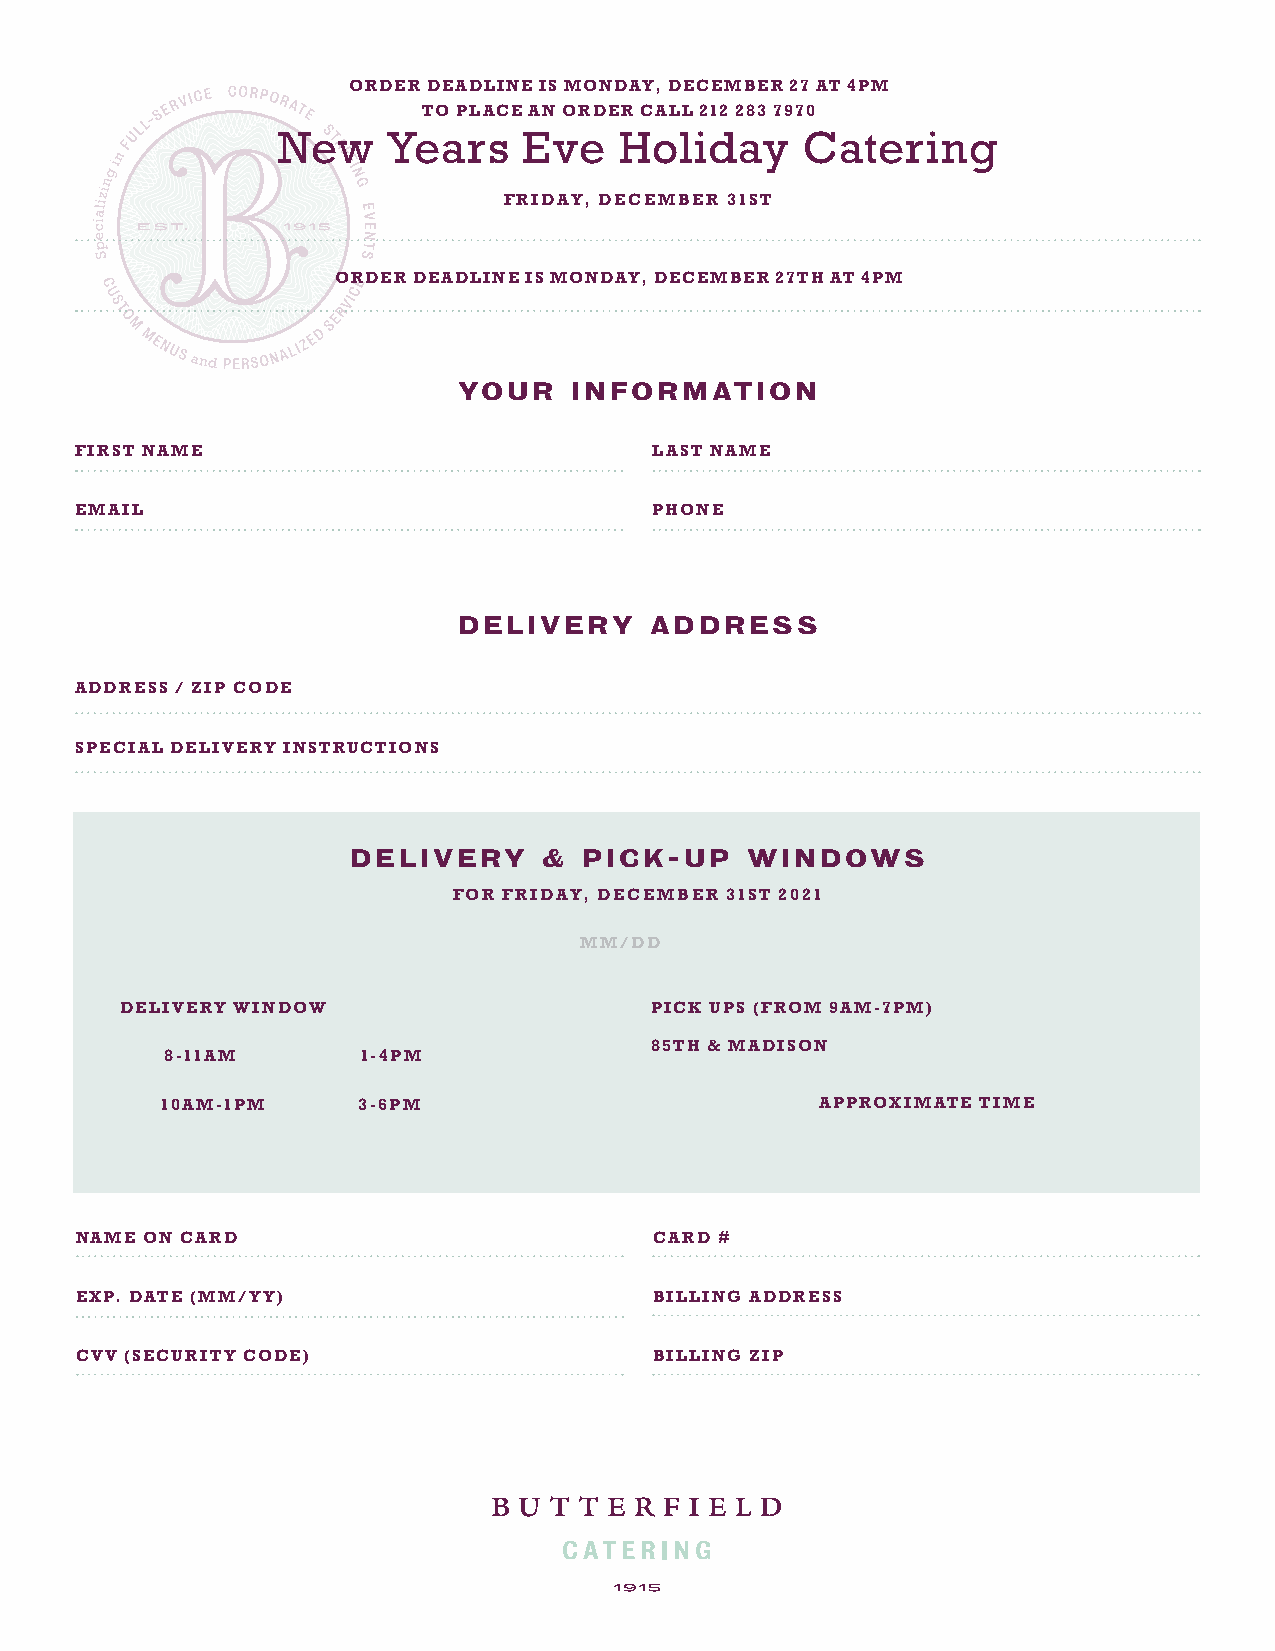
ORDER DEADLINE IS MONDAY, DECEMBER 27 AT 4PM
 TO PLACE AN ORDER CALL 212 283 7970
 New     Years    Eve   Holiday     Catering
 FRIDAY, DECEMBER 31ST
 ORDER DEADLINE IS MONDAY, DECEMBER 27TH AT 4PM
 YOUR    INFORMATION
 FIRST NAME                            LAST NAME
 EMAIL                                 PHONE
 DELIVERY     ADDRESS
 ADDRESS / ZIP CODE
 SPECIAL DELIVERY INSTRUCTIONS
 DELIVERY     &  PICK-UP   WINDOWS
 FOR FRIDAY, DECEMBER 31ST 2021
 MM/DD
 DELIVERY WINDOW                    PICK UPS (FROM 9AM-7PM)
 85TH & MADISON
 8-11AM       1-4PM
 10AM-1PM     3-6PM                         APPROXIMATE TIME
 NAME ON CARD                          CARD #
 EXP. DATE (MM/YY)                     BILLING ADDRESS
 CVV (SECURITY CODE)                   BILLING ZIP